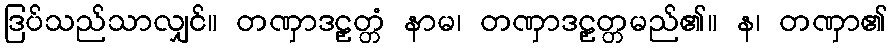
ဒြပ်သည်သာလျှင်။ တဏှာဒဠှတ္တံ နာမ၊ တဏှာဒဠှတ္တမည်၏။ န၊ တဏှာ၏